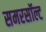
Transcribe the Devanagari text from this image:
समरसॉल्ट